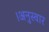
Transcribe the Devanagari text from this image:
।अनुस्वार